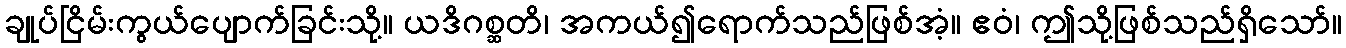
ချုပ်ငြိမ်းကွယ်ပျောက်ခြင်းသို့။ ယဒိဂစ္ဆတိ၊ အကယ်၍ရောက်သည်ဖြစ်အံ့။ ဧဝံ၊ ဤသို့ဖြစ်သည်ရှိသော်။